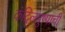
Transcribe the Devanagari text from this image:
कंदिलपुष्पाची